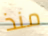
منذ